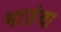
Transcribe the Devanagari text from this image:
भाउंचा